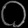
Digit: ၀